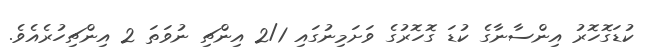
ކުޑަގޮހޮރު އިންސާނާގެ ކުޑަ ގޮހޮރުގެ ވަށަމިނުގައި 2/1 އިންޗި ނުވަތަ 2 އިންޗިހުރެއެވެ.